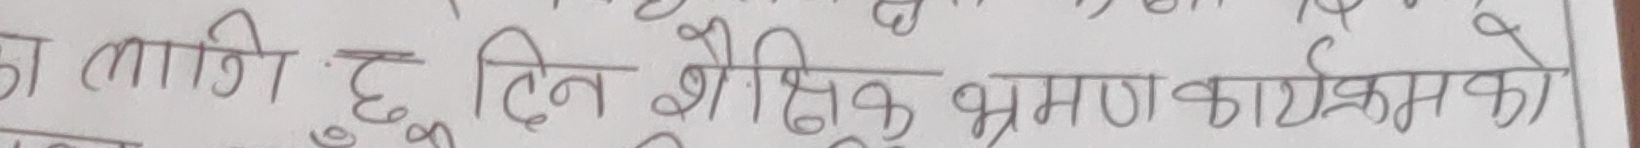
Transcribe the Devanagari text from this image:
का लागि ६ दिन शैक्षिक भ्रमण कार्यक्रमको